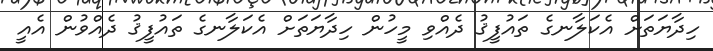
ހިދާޔަތަށް އެކަލާނގެ ތައުފީޤު ދެއްވި މީހުން ހިދާޔަތަށް އެކަލާނގެ ތައުފީޤު ދެއްވުން އެއީ